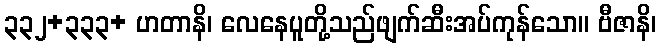
၃၃၂+၃၃၃+ ဟတာနိ၊ လေနေပူတို့သည်ဖျက်ဆီးအပ်ကုန်သော။ ဗီဇာနိ၊